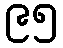
၉၅